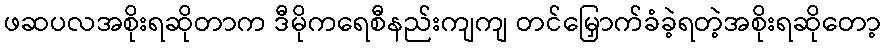
ဖဆပလအစိုးရဆိုတာက ဒီမိုကရေစီနည်းကျကျ တင်မြှောက်ခံခဲ့ရတဲ့အစိုးရဆိုတော့